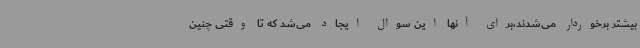
بیشتر برخوردار می‌شدند،برای آنها این سوال ایجاد می‌شد که تا وقتی چنین